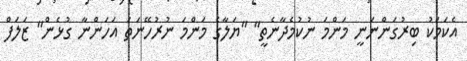
އެކަމަކު ބިރުގަންނަނީ މަންމަ ނުކުމެދާނެތީ" "ޔަލާގެ މަންމަ ނުރުހޭނަތަ އަހަންނާ ގުޅެން" ޒަލަފް